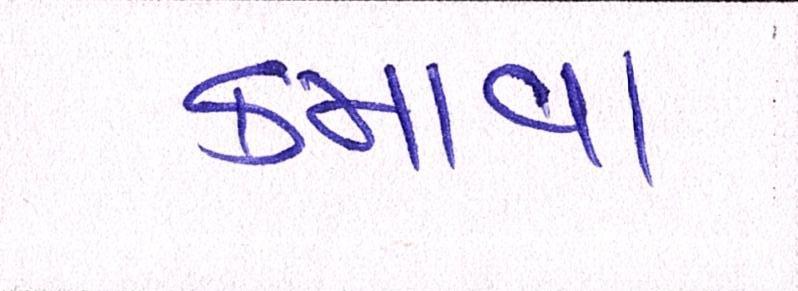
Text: કમાવા